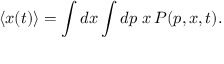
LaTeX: \langle x ( t ) \rangle = \int d x \int d p \; x \, P ( p , x , t ) .